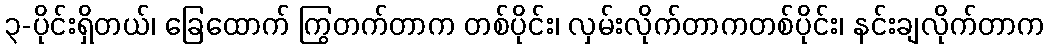
၃-ပိုင်းရှိတယ်၊ ခြေထောက် ကြွတက်တာက တစ်ပိုင်း၊ လှမ်းလိုက်တာကတစ်ပိုင်း၊ နင်းချလိုက်တာက